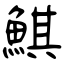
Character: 鯕